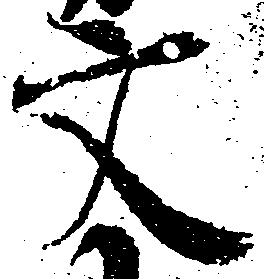
文